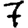
Digit: 7